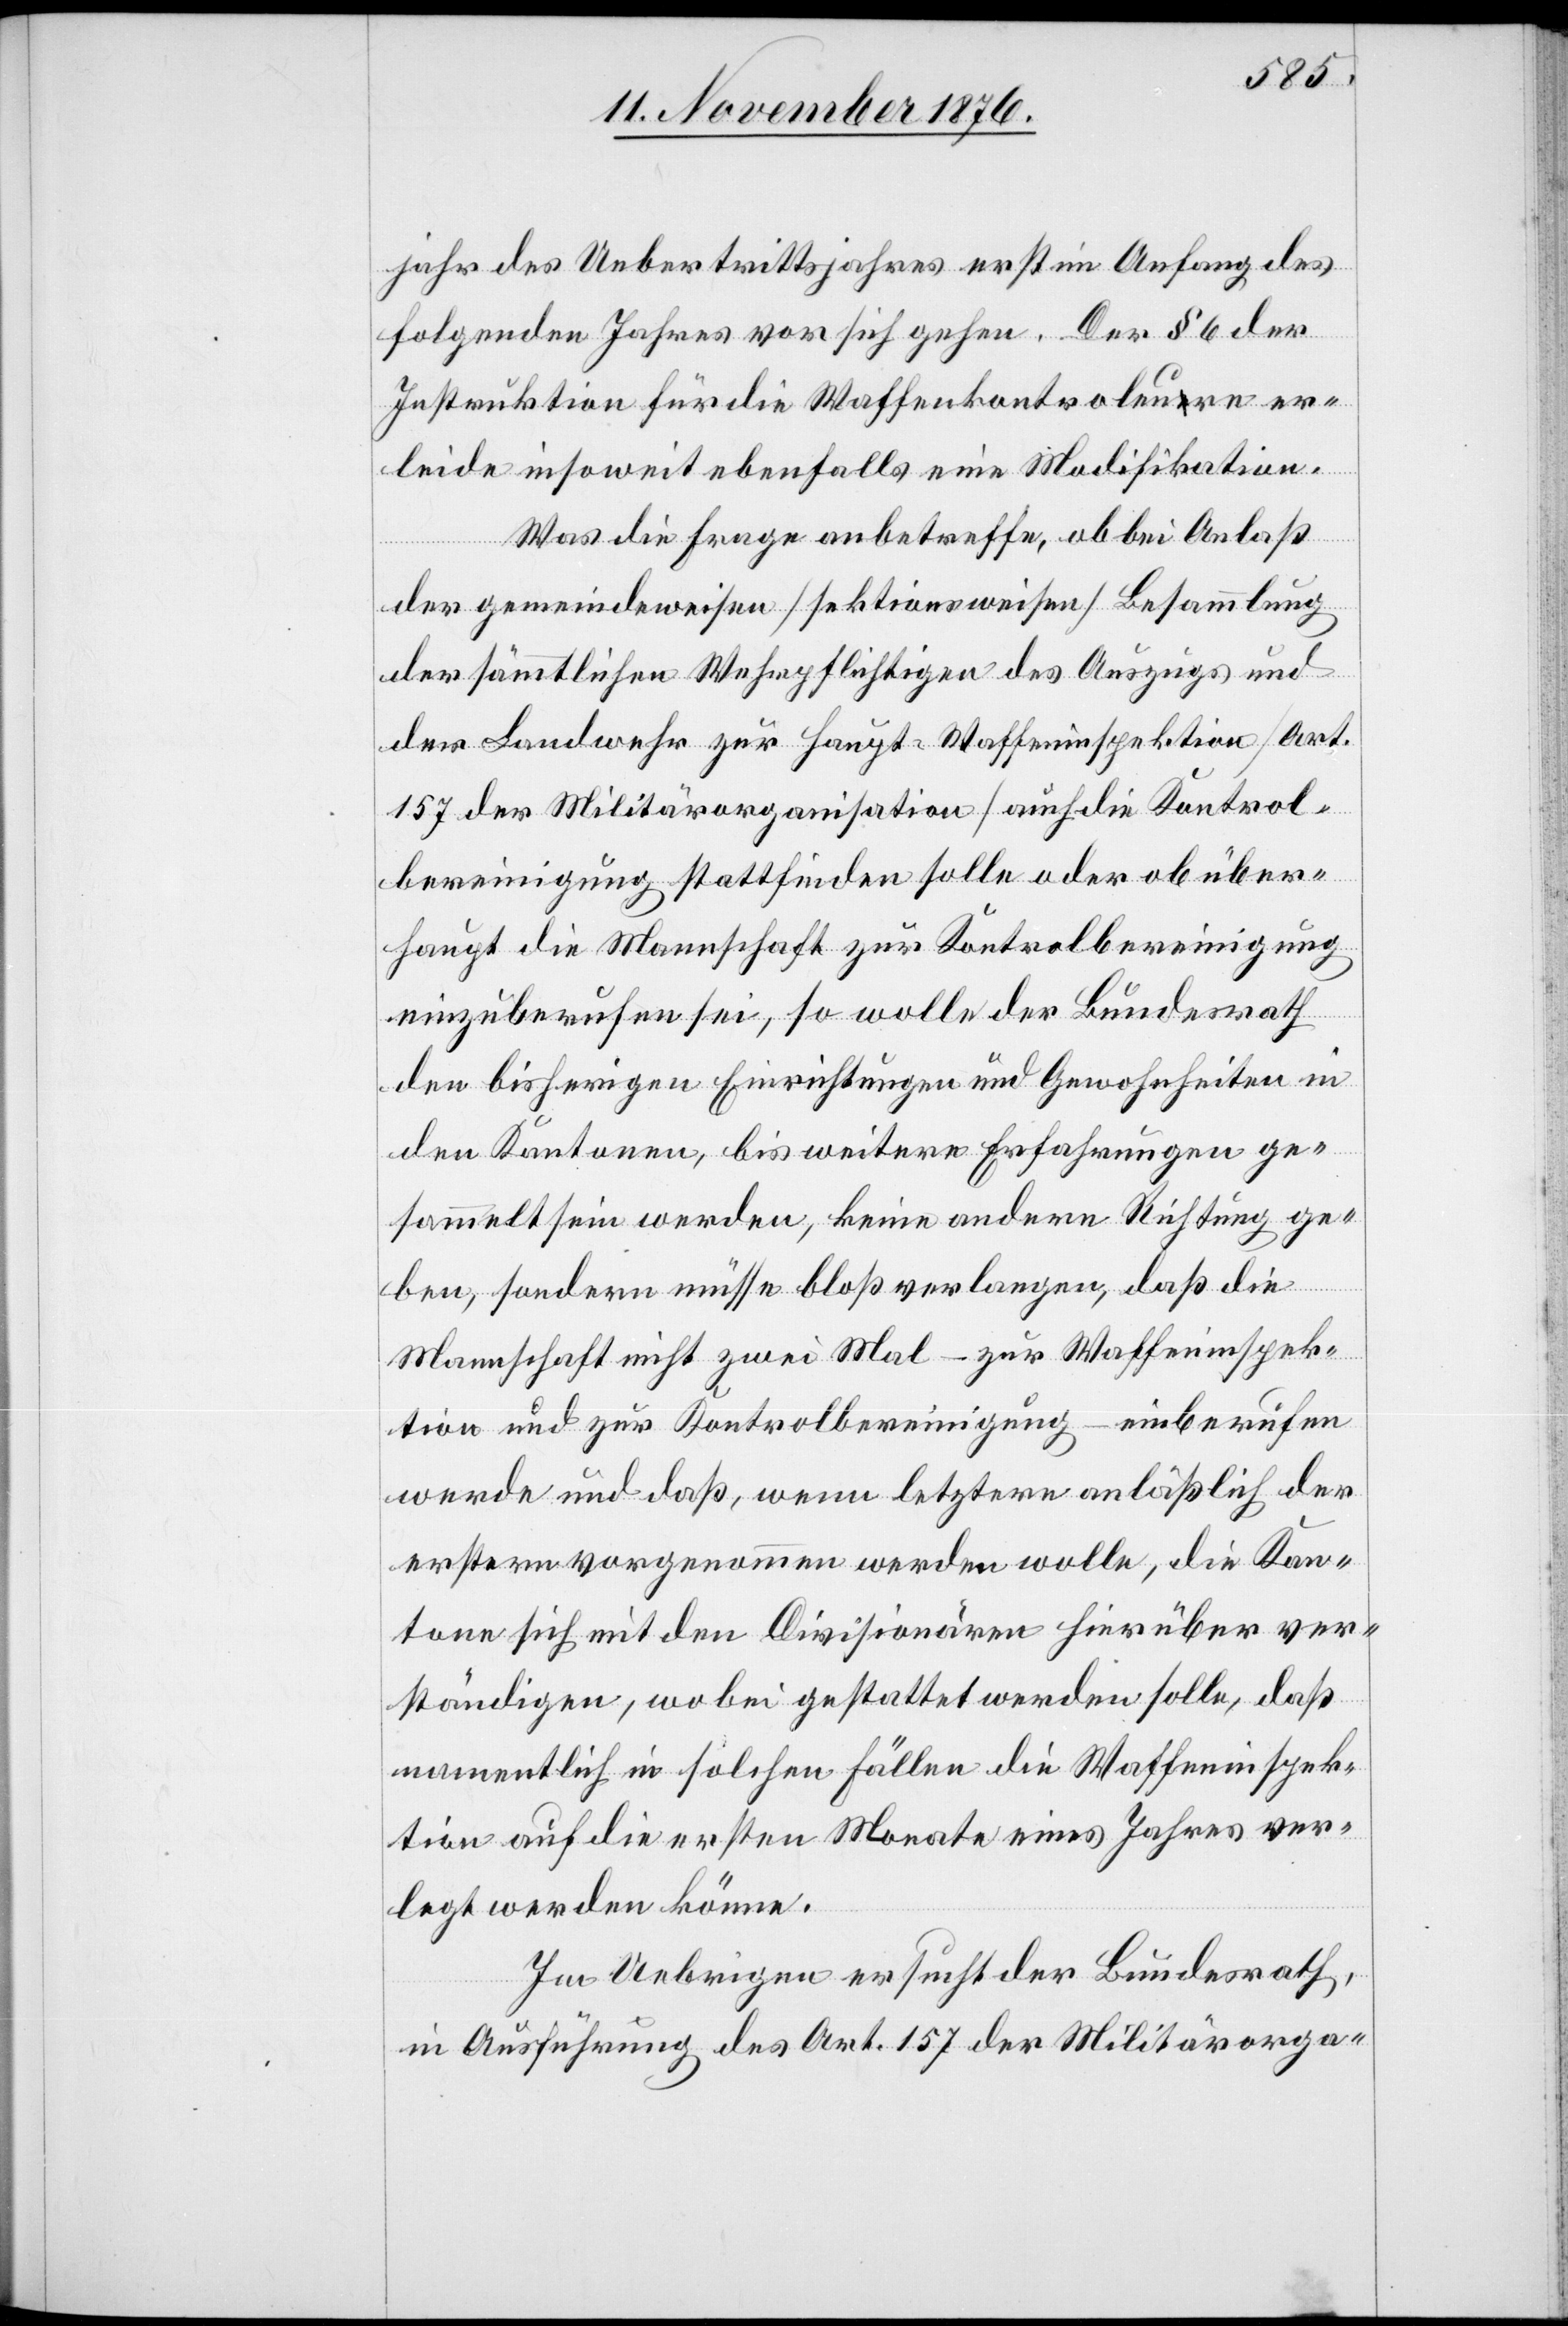
jahr des Uebertrittsjahres erst im Anfang des
folgenden Jahres vor sich gehen. Der § 6 der
Instruktion für die Waffenkontroleure er¬
leide insoweit ebenfalls eine Modifikation.
Was die Frage anbetreffe, ob bei Anlaß
der gemeindeweisen [sektionsweisen] Besammlung
der sämmtlichen Wehrpflichtigen des Auszugs und
der Landwehr zu Haupt-Waffeninspektion [Art.
157 der Militärorganisation] auch die Kontrol¬
bereinigung stattfinden solle oder ob über¬
haupt die Mannschaft zur Kontrolbereinigung
einzuberufen sei, so wolle der Bundesrath
den bisherigen Einrichtungen und Gewohnheiten in
den Kantonen, bis weitere Erfahrungen ge¬
sammelt sein werden, keine andere Richtung ge¬
ben, sondern müsse bloß verlangen, daß die
Mannschaft nicht zwei Mal – zur Waffeninspek¬
tion und zur Kontrolbereinigung – einberufen
werde und daß, wenn letztere anläßlich der
erstern vorgenommen werden wolle, die Kan¬
tone sich mit den Divisionären hierüber ver¬
ständigen, wobei gestattet werden solle, daß
namentlich in solchen Fällen die Waffeninspek¬
tion auf die ersten Monate eines Jahres ver¬
legt werden könne.
Im Uebrigen ersucht der Bundesrath,
in Ausführung des Art. 157 der Militärorga-